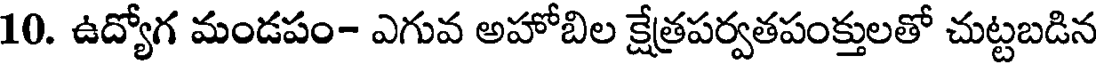
10. ఉద్యోగ మండపం- ఎగువ అహోబిల క్షేత్రపర్వతపంక్తులతో చుట్టబడిన